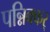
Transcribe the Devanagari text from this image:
पन्निक्कर्